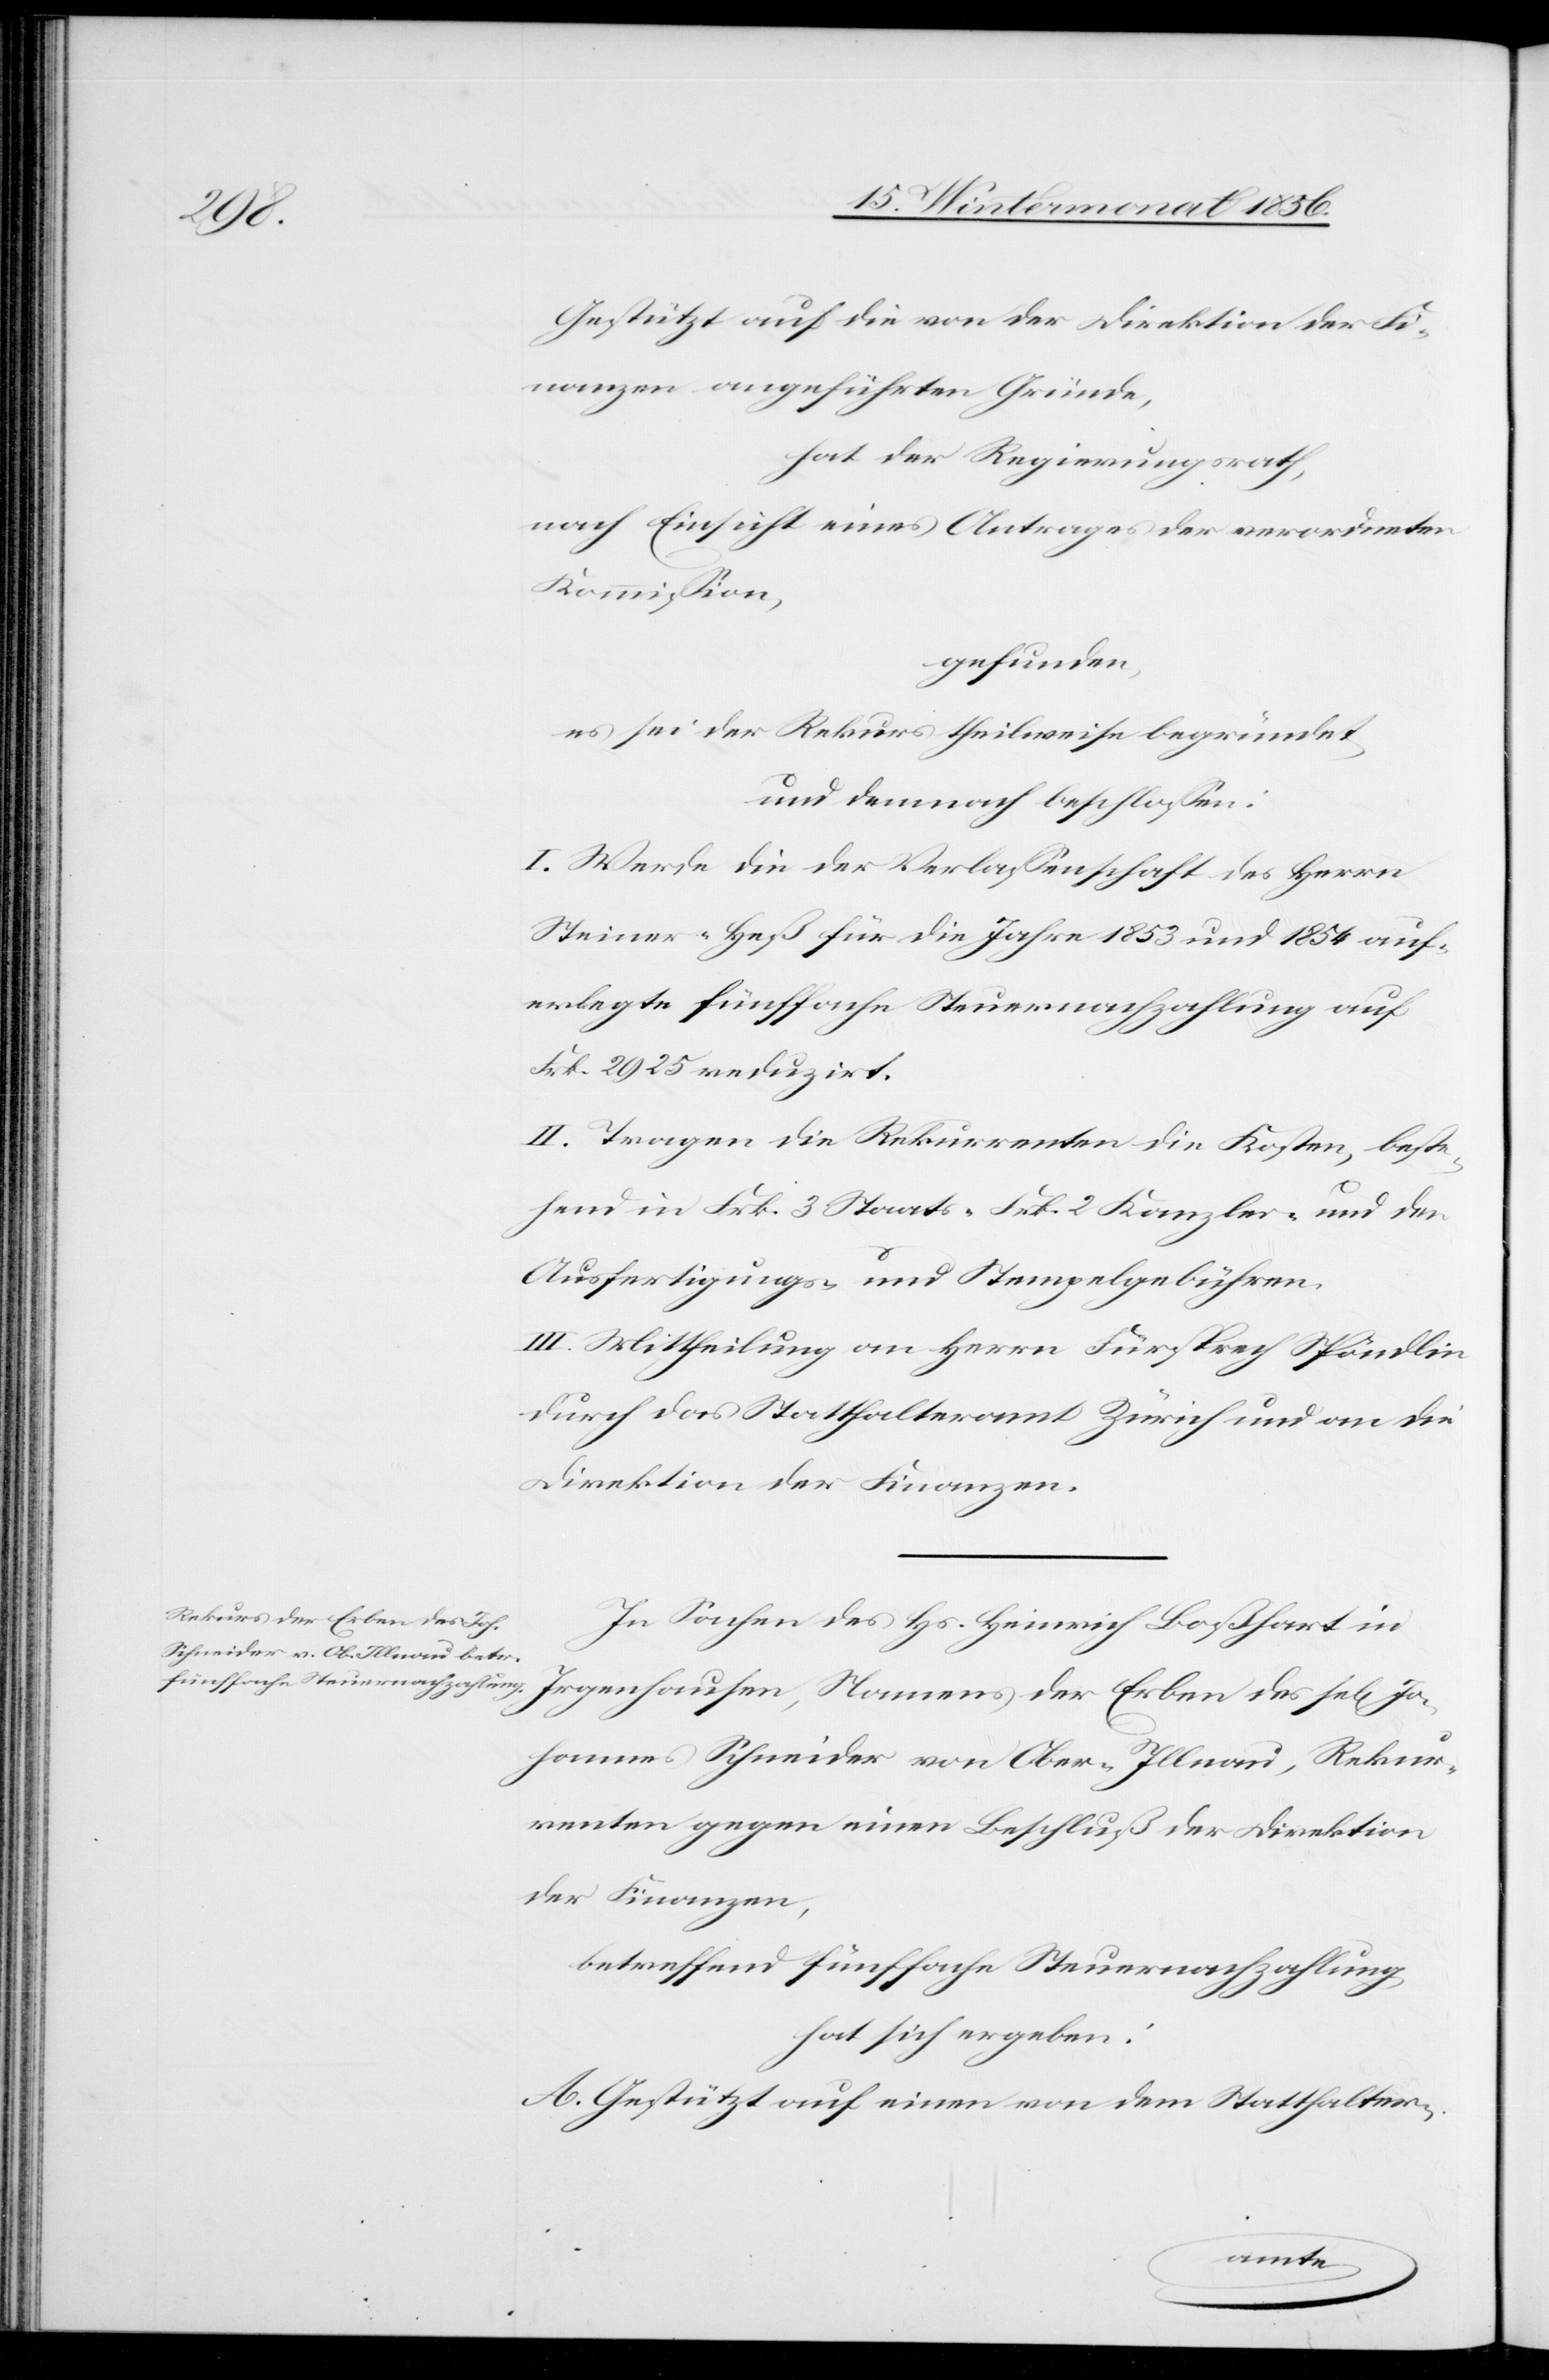
des

Gestützt auf die von der Direktion der Fi¬
nanzen angeführten Gründe,
hat der Regierungsrath,
nach Einsicht eines Antrages der verordneten
Kommission,
gefunden,
es sei der Rekurs theilweise begründet,
und demnach beschlossen:
I. Werde die Verlassenschaft des Herrn
Steiner-Heß für die Jahre 1853 und 1854 auf¬
erlegte fünffache Steuernachzahlung auf
Frk. 2925 reduzirt.
II. Tragen die Rekurrenten die Kosten, beste¬
hend in Frk. 3 Staats-[,] Frk. 2 Kanzlei- und den
Ausfertigungs- und Stempelgebühren.
III. Mittheilung an den Herrn Fürsprech Spöndlin
durch das Statthalteramt Zürich und an die
Direktion der Finanzen.
In Sachen des Hs. Heinrich Boßhart in
Johannes Schneider von Ober-Illnau, Rekur¬
renten gegen einen Beschluß der Direktion
der Finanzen,
betreffend fünffache Steuernachzahlung
hat sich ergeben:
A. Gestützt auf einen von dem Statthalter-